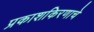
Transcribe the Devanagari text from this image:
प्रकाशकिरणाचे